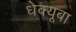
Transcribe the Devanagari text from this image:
धेक्यूबा